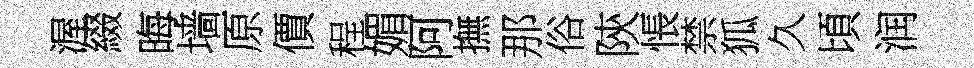
渥綴晦墙原價程媚阿撫那俗陝悵禁狐久頃润